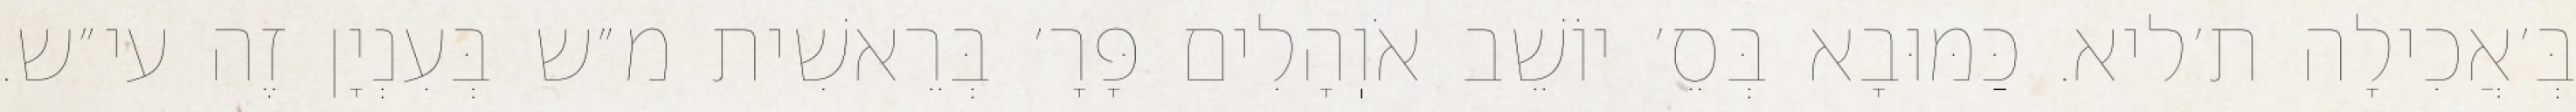
בְּ׳אֲכִילָה ת׳ליא. כַּמּוּבָא בְּסֵ׳ יוֹשֵׁב אֹוֽהָלִים פָּרָ׳ בְּרֵאשִׁית מ״ש בְּעִנְיָן זֶה עי״ש.